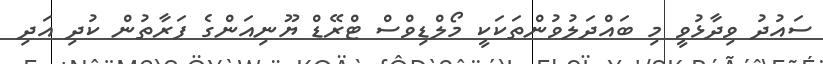
ސައުދު ވިދާޅުވީ މި ބައްދަލުވުންތަކަކީ މޯލްޑިވްސް ޓްރޭޑް ޔޫނިއަންގެ ފަރާތުން ކުދި އަދި